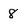
Character: 8